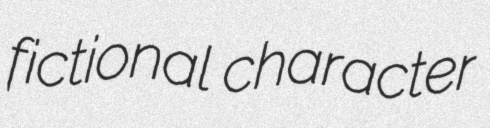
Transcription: fictional character